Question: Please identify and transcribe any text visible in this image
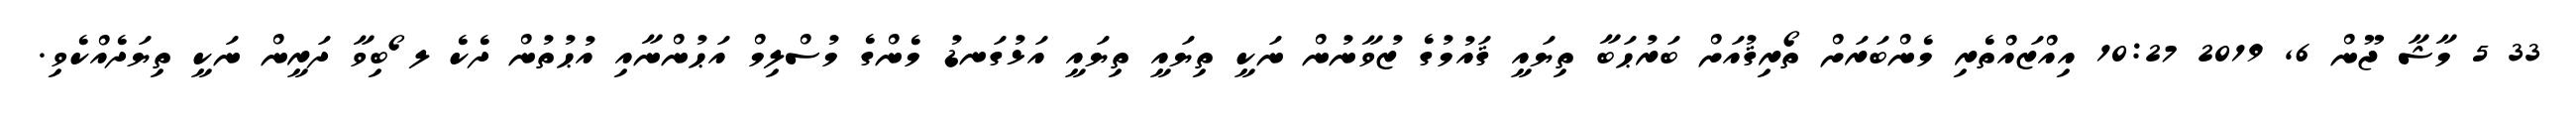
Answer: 33 5 މާޝާ ޖޫން 6, 2019 10:27 އިއްޒައްތެރި މެންބަރަށް ތޯރިޤުއަށް ބަރުޙަބާ ތިޔައީ ޤައުމުގެ ޒުވާނުން ނަކީ ތިޔައީ ތިޔައީ އަޅުގަނޑު މެންގެ މުސްލިމް އަޙުންނާއި އުޙުތުން ދެކެ ލ ޯބިވާ ދަރީން ނަކީ ތިޔަދެއްކެވި.